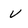
Character: v